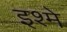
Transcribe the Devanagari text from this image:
इश्मे